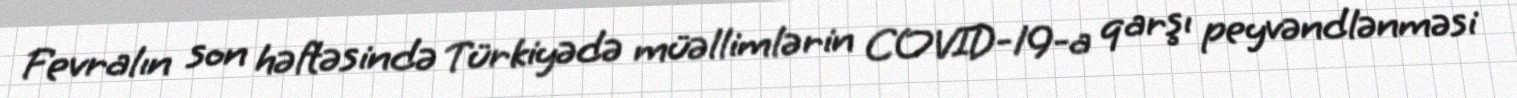
Fevralın son həftəsində Türkiyədə müəllimlərin COVID-19-a qarşı peyvəndlənməsi